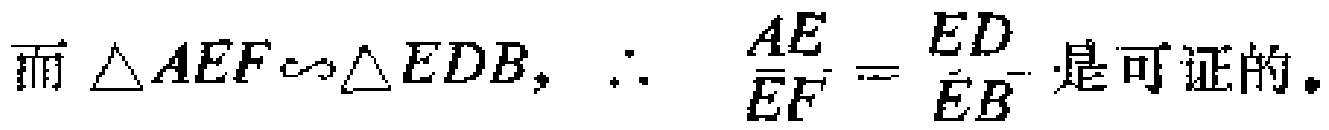
而 $\triangle AEF\sim\triangle EDB$，$\therefore$ $\frac{AE}{EF}=\frac{ED}{EB}$ 是可证的。